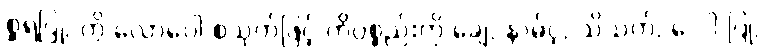
စ္ဆရပြု, ကွိ လောပေါ စသုတ်ဖြင့် ကွိပစ္စည်းကို ချေ, နာမ်ငဲ့, သိသက်, ေ-ါ ပြု,